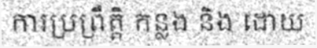
ការប្រព្រឹត្តិ កន្លង និង ដោយ